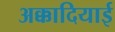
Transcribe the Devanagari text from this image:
अक्कादियाई